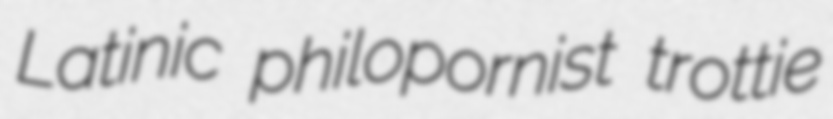
Latinic philopornist trottie